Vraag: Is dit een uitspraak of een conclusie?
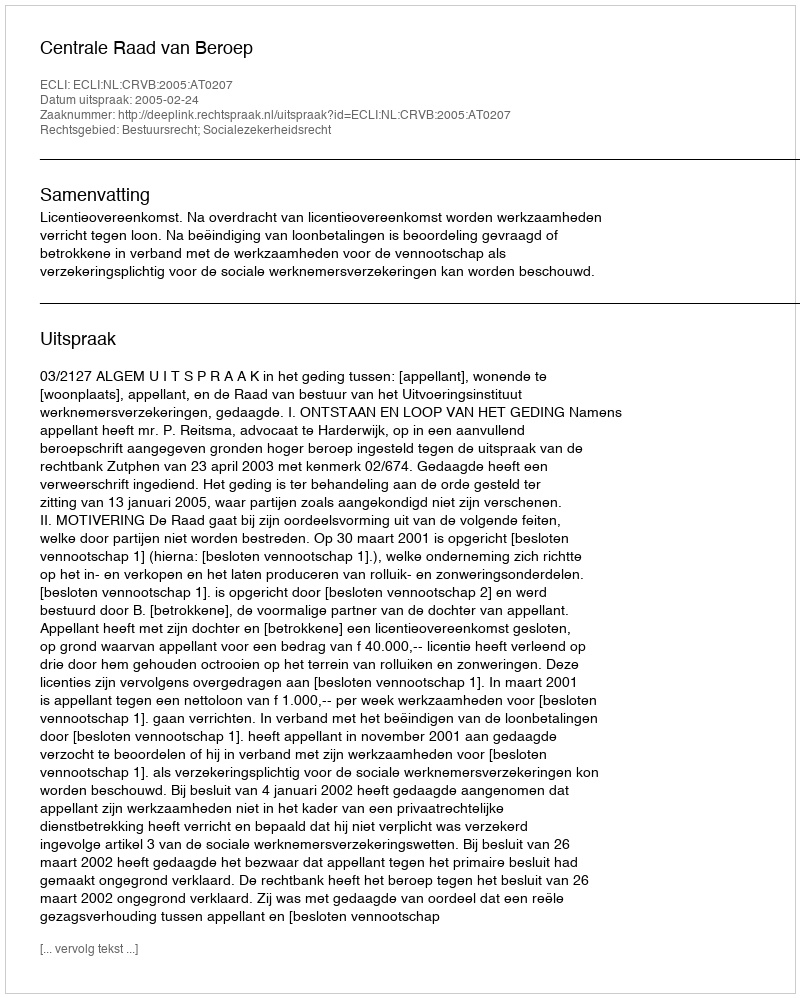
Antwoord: Uitspraak